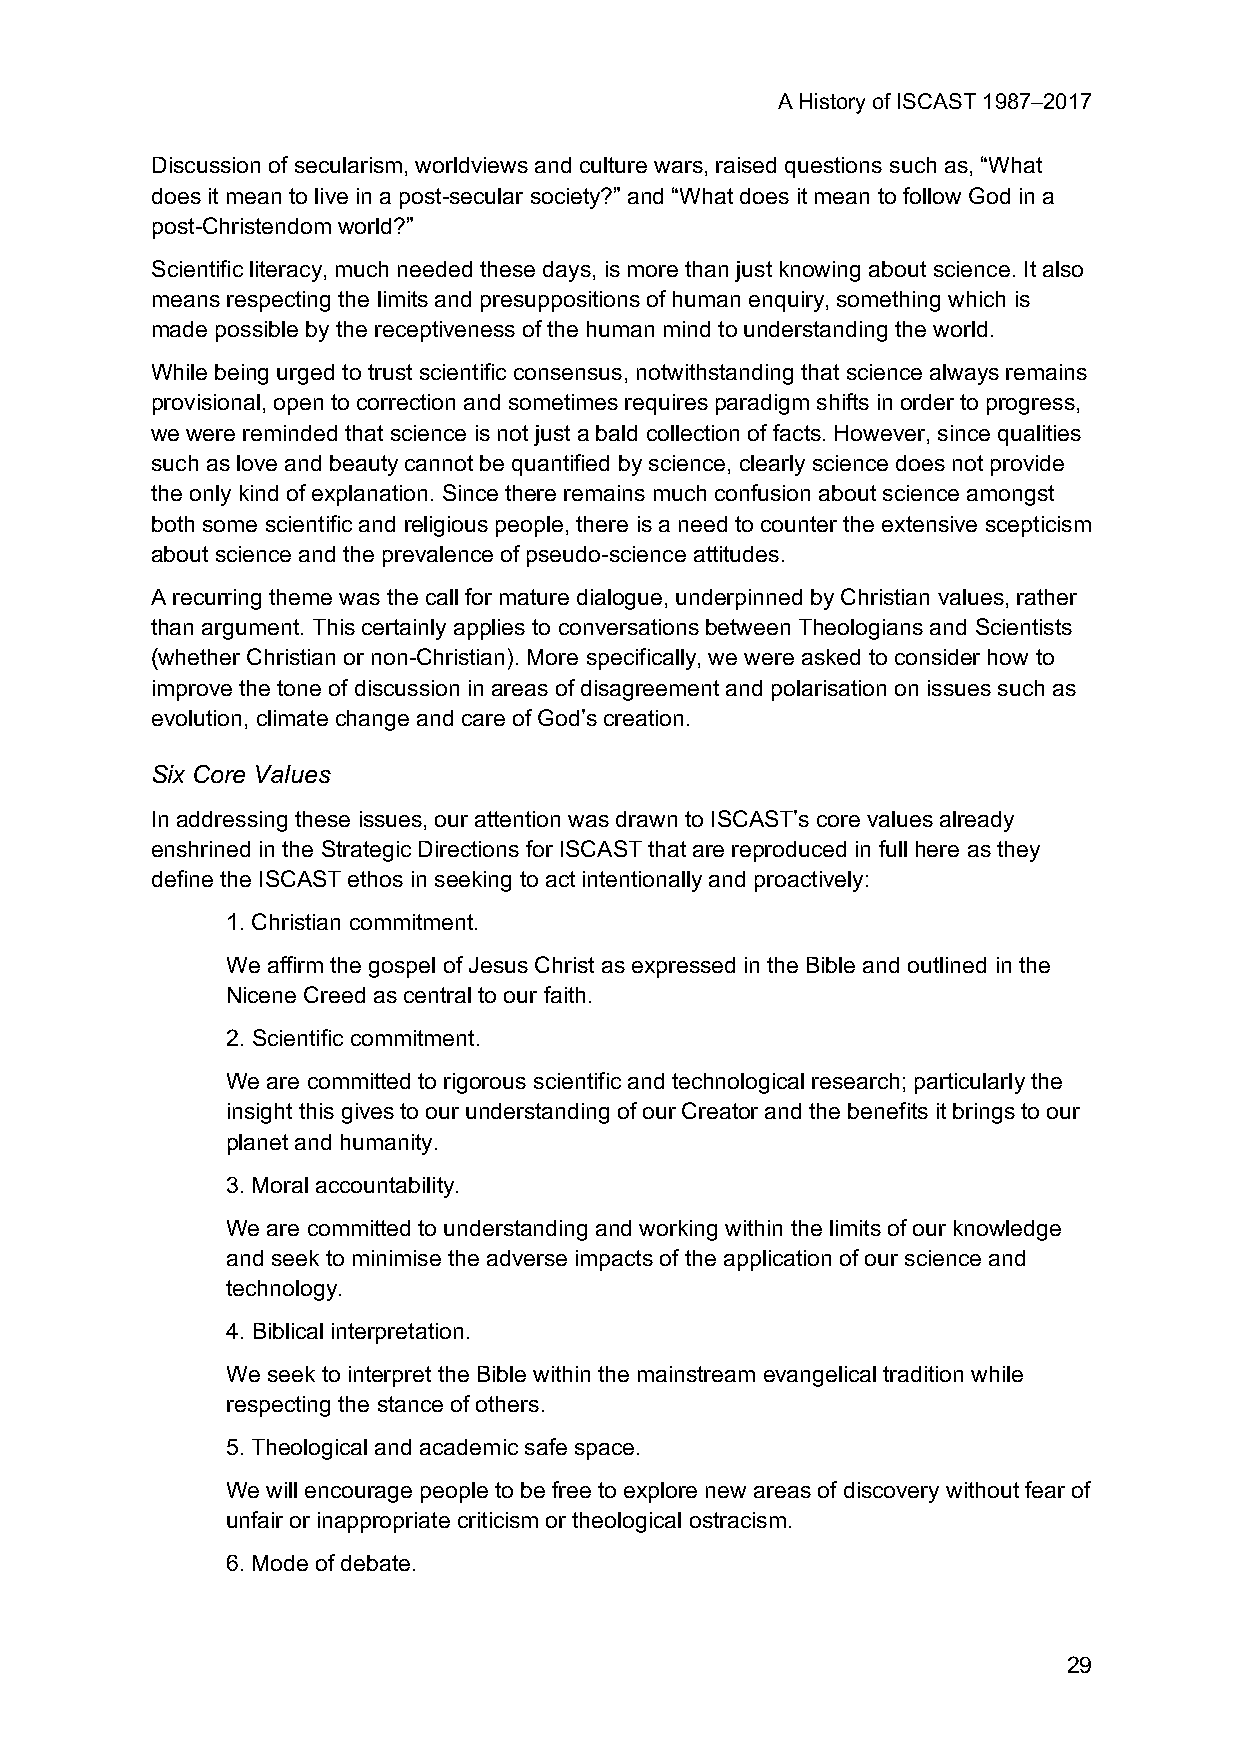
A History of ISCAST 1987–2017
 Discussion of secularism, worldviews and culture wars, raised questions such as, “What
 does it mean to live in a post-secular society?” and “What does it mean to follow God in a
 post-Christendom world?”
 Scientific literacy, much needed these days, is more than just knowing about science. It also
 means respecting the limits and presuppositions of human enquiry, something which is
 made possible by the receptiveness of the human mind to understanding the world.
 While being urged to trust scientific consensus, notwithstanding that science always remains
 provisional, open to correction and sometimes requires paradigm shifts in order to progress,
 we were reminded that science is not just a bald collection of facts. However, since qualities
 such as love and beauty cannot be quantified by science, clearly science does not provide
 the only kind of explanation. Since there remains much confusion about science amongst
 both some scientific and religious people, there is a need to counter the extensive scepticism
 about science and the prevalence of pseudo-science attitudes.
 A recurring theme was the call for mature dialogue, underpinned by Christian values, rather
 than argument. This certainly applies to conversations between Theologians and Scientists
 (whether Christian or non-Christian). More specifically, we were asked to consider how to
 improve the tone of discussion in areas of disagreement and polarisation on issues such as
 evolution, climate change and care of God’s creation.
 Six Core Values
 In addressing these issues, our attention was drawn to ISCAST’s core values already
 enshrined in the Strategic Directions for ISCAST that are reproduced in full here as they
 define the ISCAST ethos in seeking to act intentionally and proactively:
 1. Christian commitment.
 We affirm the gospel of Jesus Christ as expressed in the Bible and outlined in the
 Nicene Creed as central to our faith.
 2. Scientific commitment.
 We are committed to rigorous scientific and technological research; particularly the
 insight this gives to our understanding of our Creator and the benefits it brings to our
 planet and humanity.
 3. Moral accountability.
 We are committed to understanding and working within the limits of our knowledge
 and seek to minimise the adverse impacts of the application of our science and
 technology.
 4. Biblical interpretation.
 We seek to interpret the Bible within the mainstream evangelical tradition while
 respecting the stance of others.
 5. Theological and academic safe space.
 We will encourage people to be free to explore new areas of discovery without fear of
 unfair or inappropriate criticism or theological ostracism.
 6. Mode of debate.
 29